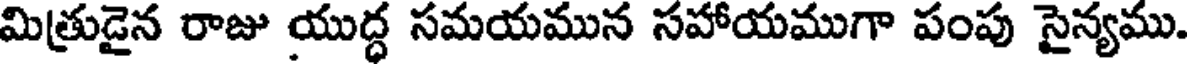
మిత్రుడైన రాజు యుద్ధ సమయమున సహాయముగా పంపు సైన్యము.